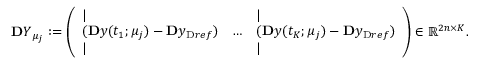
\ensuremath { \mathbf Ḋ Y Ḍ } _ { \ensuremath Ḋ \boldsymbol Ḋ \mu Ḍ Ḍ _ { j } } : = \left( \begin{array} { l l l } { | } & & { | } \\ { ( \ensuremath { \mathbf Ḋ y Ḍ } ( t _ { 1 } ; \ensuremath { \boldsymbol Ḋ \mu Ḍ } _ { j } ) - \ensuremath { \mathbf Ḋ y Ḍ } _ { \mathrm { Ḋ } r e f Ḍ } ) } & { \dots } & { ( \ensuremath { \mathbf Ḋ y Ḍ } ( t _ { K } ; \ensuremath { \boldsymbol Ḋ \mu Ḍ } _ { j } ) - \ensuremath { \mathbf Ḋ y Ḍ } _ { \mathrm { Ḋ } r e f Ḍ } ) } \\ { | } & & { | } \end{array} \right) \in \mathbb { R } ^ { 2 n \times K } .